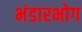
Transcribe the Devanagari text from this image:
भंडारभोग